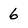
Character: 6